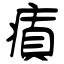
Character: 瘨